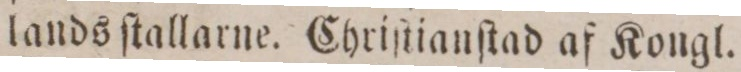
landsſtallarne. Chriſtianſtad af Kongl.